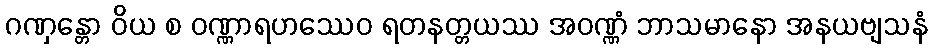
ဂဏှန္တော ဝိယ စ ဝဏ္ဏာရဟဿေဝ ရတနတ္တယဿ အဝဏ္ဏံ ဘာသမာနော အနယဗျသနံ